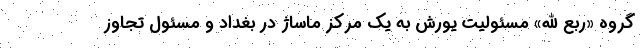
گروه «ربع الله» مسئولیت یورش به یک مرکز ماساژ در بغداد و مسئول تجاوز